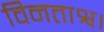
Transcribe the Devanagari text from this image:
विनताश्व।